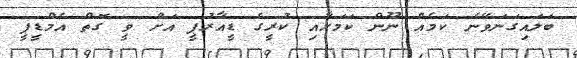
ބަލައިގަނަވޭނެ ކަމެއް ނޫން ކަމަށާއި ކުރީގެ ޑީއާރުޕީ އަށް ވީ ގޮތް އެމްޑީޕީ